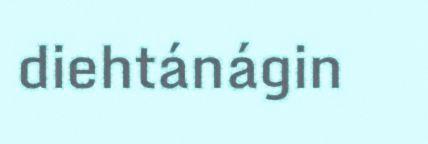
diehtánágin